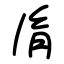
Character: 𦙍